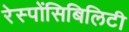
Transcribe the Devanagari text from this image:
रेस्पोंसिबिलिटी